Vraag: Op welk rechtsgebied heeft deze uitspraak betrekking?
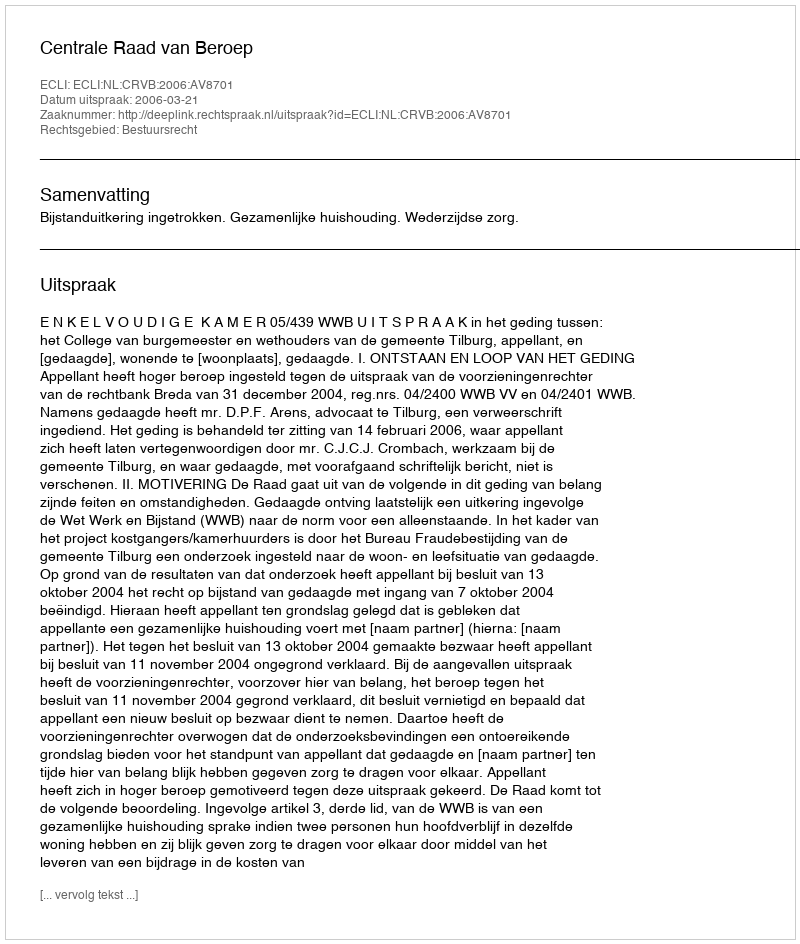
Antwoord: Bestuursrecht